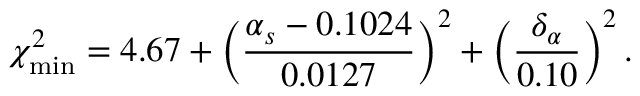
\chi _ { \mathrm { m i n } } ^ { 2 } = 4 . 6 7 + \biggl ( \frac { \alpha _ { s } - 0 . 1 0 2 4 } { 0 . 0 1 2 7 } \biggr ) ^ { 2 } + \biggl ( \frac { \delta _ { \alpha } } { 0 . 1 0 } \biggr ) ^ { 2 } \, .